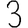
Digit: 3